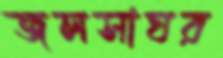
জলসাঘর